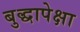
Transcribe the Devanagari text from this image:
बुद्धापेक्षा